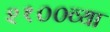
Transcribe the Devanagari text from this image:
२१००व्या